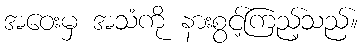
အဝေးမှ အသံကို နားစွင့်ကြည့်သည်။